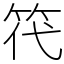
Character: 笩